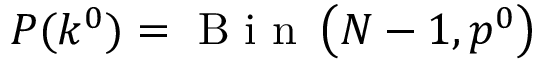
P ( k ^ { 0 } ) = \mathrm { ~ B ~ i ~ n ~ } \left( N - 1 , p ^ { 0 } \right)